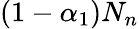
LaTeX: (1-\alpha_{1})N_{n}